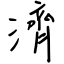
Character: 濟